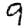
Digit: 9